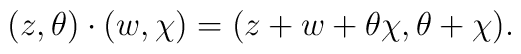
(z,\theta) \cdot (w,\chi) = (z+w+\theta\chi,\theta+\chi).